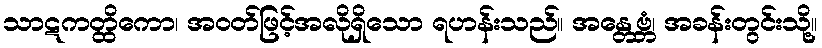
သာဋကတ္ထိကော၊ အဝတ်ဖြင့်အလိုရှိသော ရဟန်းသည်။ အန္တေဗ္ဘံ၊ အခန်းတွင်းသို့။